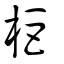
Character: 柜